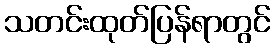
သတင်းထုတ်ပြန်ရာတွင်